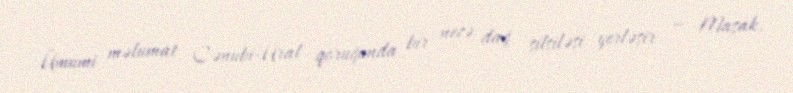
Ümumi məlumat Cənubi-Ural qoruğunda bir neçə dağ silsiləsi yerləşir — Maşak,